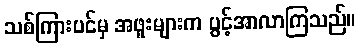
သစ်ကြားပင်မှ အဖူးများက ပွင့်အာလာကြသည်။